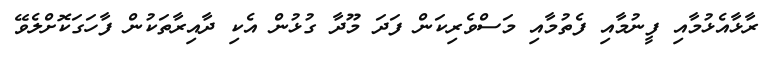
ރާޅާއެޅުމާއި ފީނުމާއި ފެތުމާއި މަސްވެރިކަން ފަދަ މޫދާ ގުޅުން އެކި ދާއިރާތަކުން ފާހަގަކޮށްލެވޭ